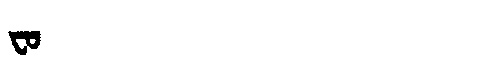
Manchu: ᠸᠣ
Romanization: FO